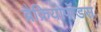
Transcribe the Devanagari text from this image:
ब्रैक्रियोपॉडस